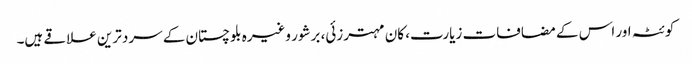
کوئٹہ اور اس کے مضافات زیارت، کان مہترزئی، برشور وغیرہ بلوچستان کے سرد ترین علاقے ہیں۔